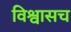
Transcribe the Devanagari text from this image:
विश्वासच